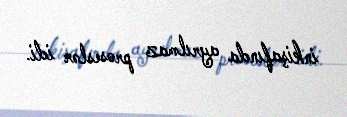
inkişafında ayrılmaz proseslər idi.